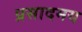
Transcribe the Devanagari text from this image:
प्रसादमय